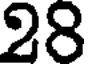
28